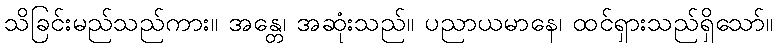
သိခြင်းမည်သည်ကား။ အန္တေ၊ အဆုံးသည်။ ပညာယမာနေ၊ ထင်ရှားသည်ရှိသော်။